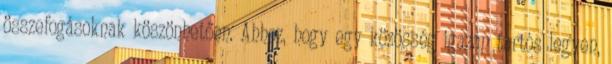
összefogásoknak köszönhetően. Ahhoz, hogy egy közösség igazán tartós legyen,